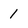
Character: 1